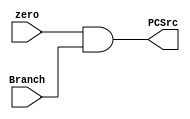
`timescale 1ns / 1ps
//////////////////////////////////////////////////////////////////////////////////
// Company: 
// Engineer: 
// 
// Design Name: 
// Module Name: Branch_And
// Project Name: 
// Target Devices: 
// Tool Versions: 
// Description: 
// 
// Dependencies: 
// 
// Revision:
// Revision 0.01 - File Created
// Additional Comments:
// 
//////////////////////////////////////////////////////////////////////////////////
module Branch_And (
    input zero,Branch,
    output PCSrc
);
    assign PCSrc = zero & Branch;
endmodule